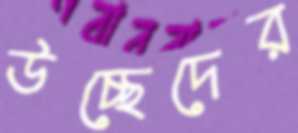
উচ্ছেদের